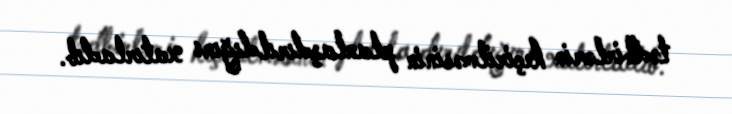
tədbirlərin keçirilməsinin planlaşdırıldığını xatırladıb.